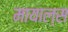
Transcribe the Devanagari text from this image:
मायाल्स